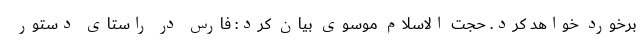
برخورد خواهد کرد. حجت الاسلام موسوی بیان کرد: فارس در راستای دستور